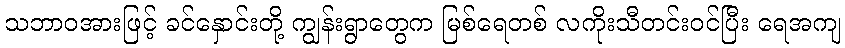
သဘာဝအားဖြင့် ခင်နှောင်းတို့ ကျွန်းရွာတွေက မြစ်ရေတစ် လကိုးသီတင်းဝင်ပြီး ရေအကျ